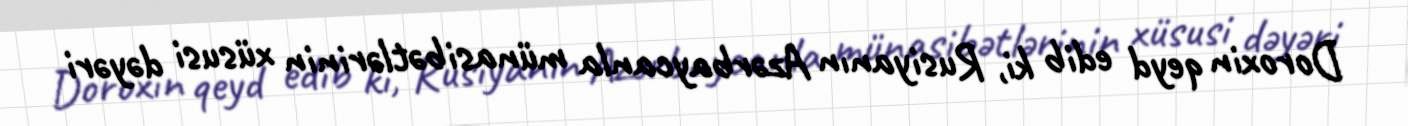
Doroxin qeyd edib ki, Rusiyanın Azərbaycanla münasibətlərinin xüsusi dəyəri